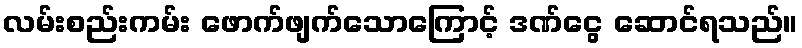
လမ်းစည်းကမ်း ဖောက်ဖျက်သောကြောင့် ဒဏ်ငွေ ဆောင်ရသည်။